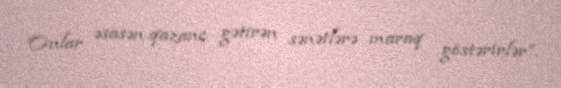
Onlar əsasən qazanc gətirən sənətlərə maraq göstərirlər”.